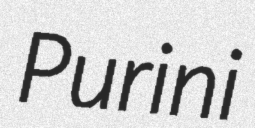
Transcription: Purini